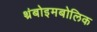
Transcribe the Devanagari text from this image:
थ्रंबोइमबोलिक